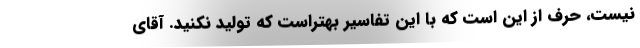
نیست، حرف از این است که با این تفاسیر بهتراست که تولید نکنید. آقای